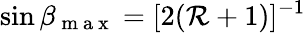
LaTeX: \sin{\beta}_{\mathrm{~m~a~x~}}=[2(\mathcal{R}+1)]^{-1}